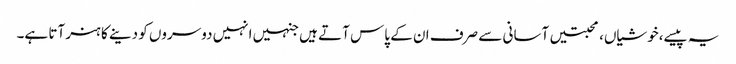
یہ پیسے،خوشیاں،محبتیں آسانی سے صرف ان کے پاس آتے ہیں جنہیں انہیں دوسروں کو دینے کا ہنر آتا ہے۔